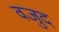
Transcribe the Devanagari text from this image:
वजुद